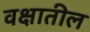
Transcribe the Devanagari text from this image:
वक्षातील